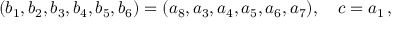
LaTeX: ( b _ { 1 } , b _ { 2 } , b _ { 3 } , b _ { 4 } , b _ { 5 } , b _ { 6 } ) = ( a _ { 8 } , a _ { 3 } , a _ { 4 } , a _ { 5 } , a _ { 6 } , a _ { 7 } ) , \quad c = a _ { 1 } \, ,